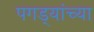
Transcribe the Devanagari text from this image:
पगड्यांच्या